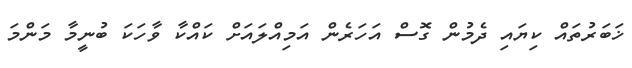
ޚަބަރުތައް ކިޔައި ދެމުން ގޮސް އަހަރެން އަމިއްލައަށް ކައްކާ ވާހަކަ ބުނީމާ މަންމަ